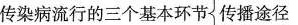
传染病流行的三个基本环节传播途径